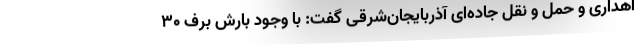
اهداری و حمل و نقل جاده‌ای آذربایجان‌شرقی گفت: با وجود بارش برف ۳۰